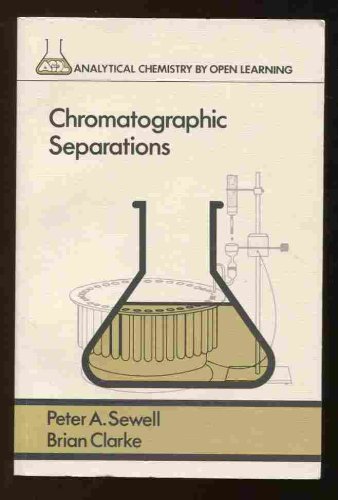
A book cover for Chromatographic Separations (Analytical Chemistry by Open Learning); Peter A. Sewell; Science & Math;